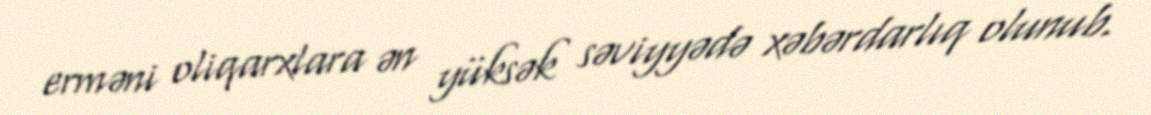
erməni oliqarxlara ən yüksək səviyyədə xəbərdarlıq olunub.